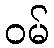
ဝမ်